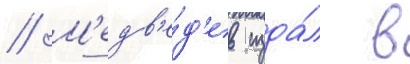
// М'едв'е́д'ев изда́л в